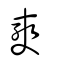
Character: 奭